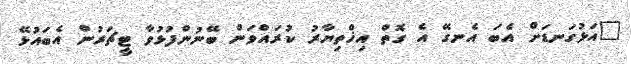
"އަޅުގަނޑަށް އެބަ އެނގޭ އެ ގޮތް އިޚްތިޔާރު ކުރައްވަން ބޭނުންފުޅުވާ ޓީޗަރުން އެބައުޅޭ